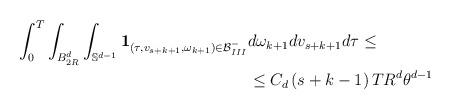
LaTeX: \begin{align*}\begin{aligned}\int_0^T \int_{B_{2R}^d} \int_{\mathbb{S}^{d-1}} \mathbf{1}_{\left(\tau,v_{s+k+1},\omega_{k+1}\right) \in \mathcal{B}^-_{III}} & d\omega_{k+1} dv_{s+k+1} d\tau \leq \\& \leq C_d \left( s+k-1 \right) T R^d \theta^{d-1}\end{aligned}\end{align*}